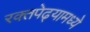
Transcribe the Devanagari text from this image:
रक्तपेढ्यामध्ये